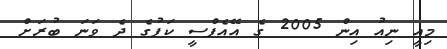
މިއީ ނިއު އިން 2005 ގެ އޭއެފްސީ ކަޕުގެ ދެ ވަނަ ބުރަށް